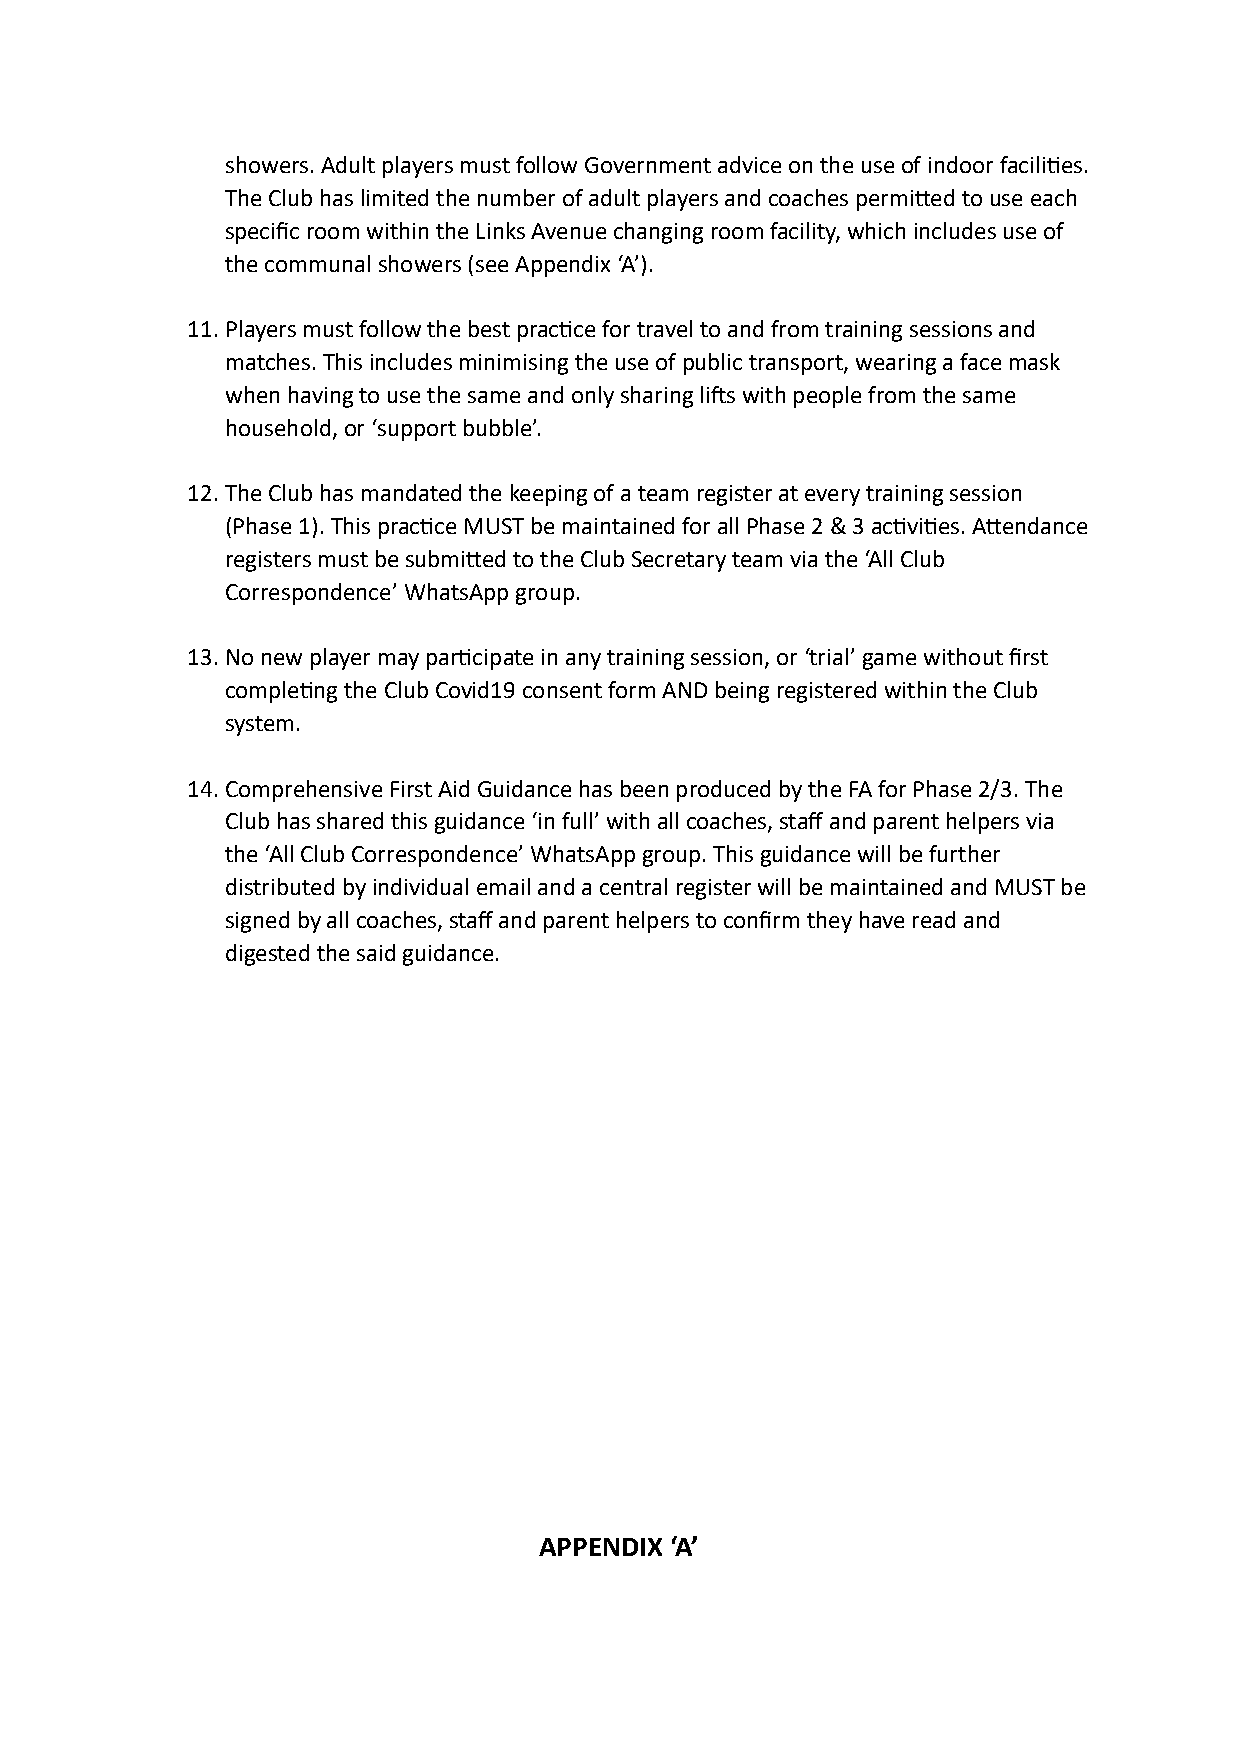
showers. A dult p layers m ust f ollow G overnment a dvice o n t he u se o f i ndoor f acilies.
 The C lub h as l imited t he n umber o f a dult p layers a nd c oaches p ermied t o u se e ach
 specific r oom w ithin t he L inks A venue c hanging r oom f acility, w hich i ncludes u se o f
 the c ommunal s howers ( see A ppendix ‘ A’).
 11.Players m ust f ollow t he b est p racce f or t ravel t o a nd f rom t raining s essions a nd
 matches. T his i ncludes m inimising t he u se o f p ublic t ransport, w earing a f ace m ask
 when h aving t o u se t he s ame a nd o nly s haring l is w ith p eople f rom t he s ame
 household, o r ‘ support b ubble’.
 12.The C lub h as m andated t he k eeping o f a t eam r egister a t e very t raining s ession
 (Phase 1 ). T his p racce M UST b e m aintained f or a ll P hase 2 & 3 a cvies. A endance
 registers m ust b e s ubmied t o t he C lub S ecretary t eam v ia t he ‘ All C lub
 Correspondence’ W hatsApp g roup.
 13.No n ew p layer m ay p arcipate i n a ny t raining s ession, o r ‘ trial’ g ame w ithout fi rst
 compleng t he C lub C ovid19 c onsent f orm A ND b eing r egistered w ithin t he C lub
 system.
 14.Comprehensive F irst A id G uidance h as b een p roduced b y t he F A f or P hase 2 /3. T he
 Club h as s hared t his g uidance ‘ in f ull’ w ith a ll c oaches, s taff a nd p arent h elpers v ia
 the ‘ All C lub C orrespondence’ W hatsApp g roup. T his g uidance w ill b e f urther
 distributed b y i ndividual e mail a nd a c entral r egister w ill b e m aintained a nd M UST b e
 signed b y a ll c oaches, s taff a nd p arent h elpers t o c onfirm t hey h ave r ead a nd
 digested t he s aid g uidance.
 APPENDIX ‘A’